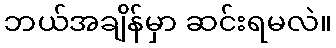
ဘယ်အချိန်မှာ ဆင်းရမလဲ။